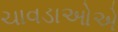
ચાવડાઓએ